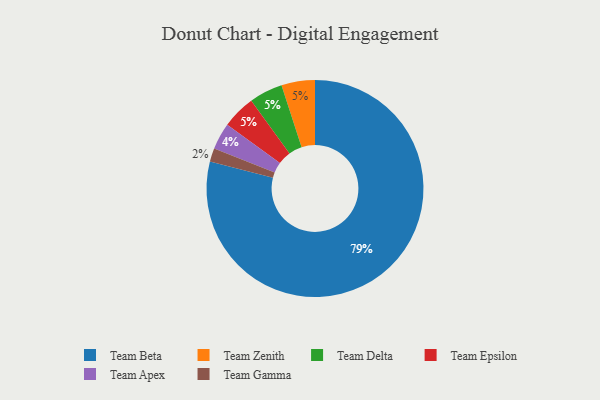
{"axis": {"x": "Category", "y": "Percentage"}, "legend": ["Team Apex", "Team Beta", "Team Delta", "Team Epsilon", "Team Gamma", "Team Zenith"], "data": [{"x": "Team Apex", "y": 4, "type": "Team Apex"}, {"x": "Team Beta", "y": 79, "type": "Team Beta"}, {"x": "Team Zenith", "y": 5, "type": "Team Zenith"}, {"x": "Team Delta", "y": 5, "type": "Team Delta"}, {"x": "Team Epsilon", "y": 5, "type": "Team Epsilon"}, {"x": "Team Gamma", "y": 2, "type": "Team Gamma"}]}